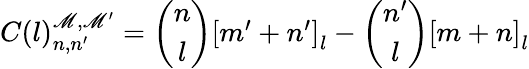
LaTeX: C(l)_{n,n^{\prime}}^{\mathscr{M},\mathscr{M}^{\prime}}=\left(\begin{array}{cc}{{n}}\\ {{l}}\end{array}\right)\left[\begin{array}{c}{{m^{\prime}+n^{\prime}}}\end{array}\right]_{l}-\left(\begin{array}{cc}{{n^{\prime}}}\\ {{l}}\end{array}\right)\left[\begin{array}{c}{{m+n}}\end{array}\right]_{l}